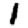
Digit: 1